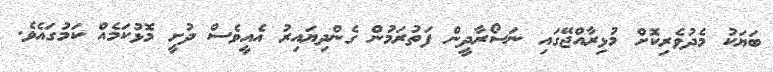
ބަަޔަކު މެދުވެރިކޮށް މުޅިރާއްޖޭގައި ނަސޯރާދީން ފަތުރަމުން ގެންދިޔައިރު އެއީވެސް ދުށީ މޮޅުކަމެއް ކަމުގައެވެ.